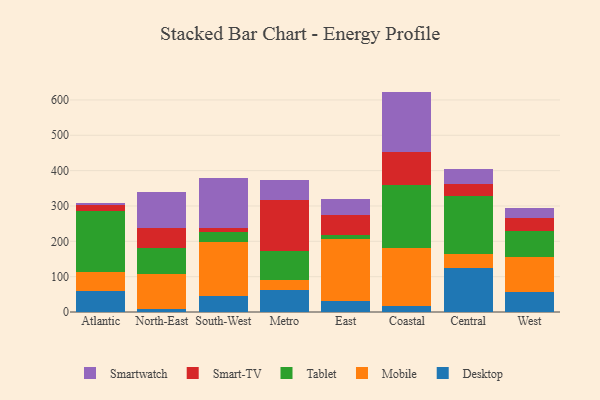
{"axis": {"x": "Region", "y": "Temperature (°C)"}, "legend": ["Desktop", "Mobile", "Smart-TV", "Smartwatch", "Tablet"], "data": [{"x": "Atlantic", "y": 60.5, "type": "Desktop"}, {"x": "Atlantic", "y": 51.8, "type": "Mobile"}, {"x": "Atlantic", "y": 172.4, "type": "Tablet"}, {"x": "Atlantic", "y": 18.8, "type": "Smart-TV"}, {"x": "Atlantic", "y": 5.8, "type": "Smartwatch"}, {"x": "North-East", "y": 9.7, "type": "Desktop"}, {"x": "North-East", "y": 97.4, "type": "Mobile"}, {"x": "North-East", "y": 74.6, "type": "Tablet"}, {"x": "North-East", "y": 56.0, "type": "Smart-TV"}, {"x": "North-East", "y": 101.4, "type": "Smartwatch"}, {"x": "South-West", "y": 44.6, "type": "Desktop"}, {"x": "South-West", "y": 154.8, "type": "Mobile"}, {"x": "South-West", "y": 27.3, "type": "Tablet"}, {"x": "South-West", "y": 12.2, "type": "Smart-TV"}, {"x": "South-West", "y": 141.3, "type": "Smartwatch"}, {"x": "Metro", "y": 62.0, "type": "Desktop"}, {"x": "Metro", "y": 29.2, "type": "Mobile"}, {"x": "Metro", "y": 82.2, "type": "Tablet"}, {"x": "Metro", "y": 143.3, "type": "Smart-TV"}, {"x": "Metro", "y": 55.9, "type": "Smartwatch"}, {"x": "East", "y": 32.0, "type": "Desktop"}, {"x": "East", "y": 174.5, "type": "Mobile"}, {"x": "East", "y": 10.0, "type": "Tablet"}, {"x": "East", "y": 58.9, "type": "Smart-TV"}, {"x": "East", "y": 44.6, "type": "Smartwatch"}, {"x": "Coastal", "y": 15.7, "type": "Desktop"}, {"x": "Coastal", "y": 165.5, "type": "Mobile"}, {"x": "Coastal", "y": 177.7, "type": "Tablet"}, {"x": "Coastal", "y": 93.2, "type": "Smart-TV"}, {"x": "Coastal", "y": 171.5, "type": "Smartwatch"}, {"x": "Central", "y": 123.2, "type": "Desktop"}, {"x": "Central", "y": 41.1, "type": "Mobile"}, {"x": "Central", "y": 164.1, "type": "Tablet"}, {"x": "Central", "y": 32.6, "type": "Smart-TV"}, {"x": "Central", "y": 43.4, "type": "Smartwatch"}, {"x": "West", "y": 56.1, "type": "Desktop"}, {"x": "West", "y": 98.8, "type": "Mobile"}, {"x": "West", "y": 74.9, "type": "Tablet"}, {"x": "West", "y": 37.4, "type": "Smart-TV"}, {"x": "West", "y": 26.6, "type": "Smartwatch"}]}